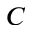
C